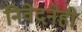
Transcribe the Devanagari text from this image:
निवेदनेही